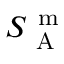
S _ { \mathrm { ~ A ~ } } ^ { \mathrm { ~ m ~ } }